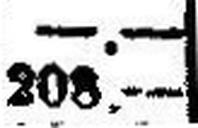
208.—